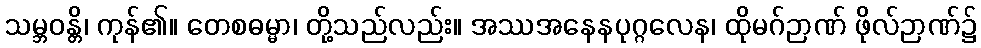
သမ္ဘဝန္တိ၊ ကုန်၏။ တေစဓမ္မာ၊ တို့သည်လည်း။ အဿအနေနပုဂ္ဂလေန၊ ထိုမဂ်ဉာဏ် ဖိုလ်ဉာဏ်၌